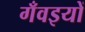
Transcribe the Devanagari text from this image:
गँवइयों